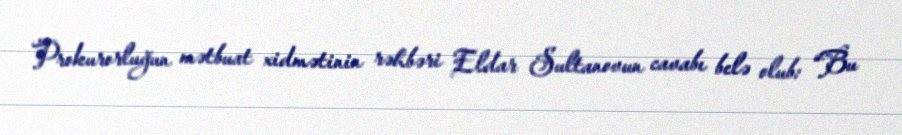
Prokurorluğun mətbuat xidmətinin rəhbəri Eldar Sultanovun cavabı belə olub: “Bu